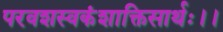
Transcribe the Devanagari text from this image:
परवशस्वकंशाक्तिसार्थः।।